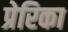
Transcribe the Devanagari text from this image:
प्रेरिका